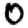
Digit: 0